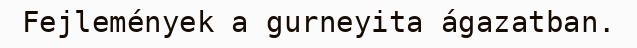
Fejlemények a gurneyita ágazatban.